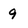
Character: 9